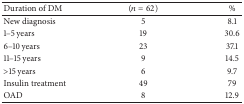
<table><thead><tr><td><b>Duration of DM</b></td><td><b>(<i>n</i> = 62)</b></td><td><b>%</b></td></tr></thead><tbody><tr><td>New diagnosis</td><td>5</td><td>8.1</td></tr><tr><td>1–5 years</td><td>19</td><td>30.6</td></tr><tr><td>6–10 years</td><td>23</td><td>37.1</td></tr><tr><td>11–15 years</td><td>9</td><td>14.5</td></tr><tr><td>&gt;15 years</td><td>6</td><td>9.7</td></tr><tr><td>Insulin treatment</td><td>49</td><td>79</td></tr><tr><td>OAD</td><td>8</td><td>12.9</td></tr></tbody></table>